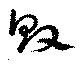
敗